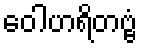
ဝေါဟရိတဗ္ဗံ